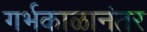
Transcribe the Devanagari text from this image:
गर्भकाळानंतर